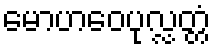
မောဟဝေပုလ္လတ္တံ